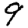
Digit: 9